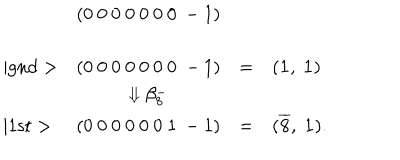
\begin{array} { l c c l } { { } } & { { ( 0 ~ 0 ~ 0 ~ 0 ~ 0 ~ 0 ~ 0 ~ - 1 ) } } \\ { { \mid \mathrm { g n d } > } } & { { ( 0 ~ 0 ~ 0 ~ 0 ~ 0 ~ 0 ~ 0 ~ - 1 ) } } & { { = } } & { { ( { \bf 1 } , ~ { \bf 1 } ) } } \\ { { } } & { { \Downarrow \beta _ { 8 } ^ { - } } } \\ { { \mid \mathrm { 1 s t } > } } & { { ( 0 ~ 0 ~ 0 ~ 0 ~ 0 ~ 0 ~ 1 ~ - 1 ) } } & { { = } } & { { ( { \bf \overline { { 8 } } } , ~ { \bf 1 } ) . } } \\ \end{array}